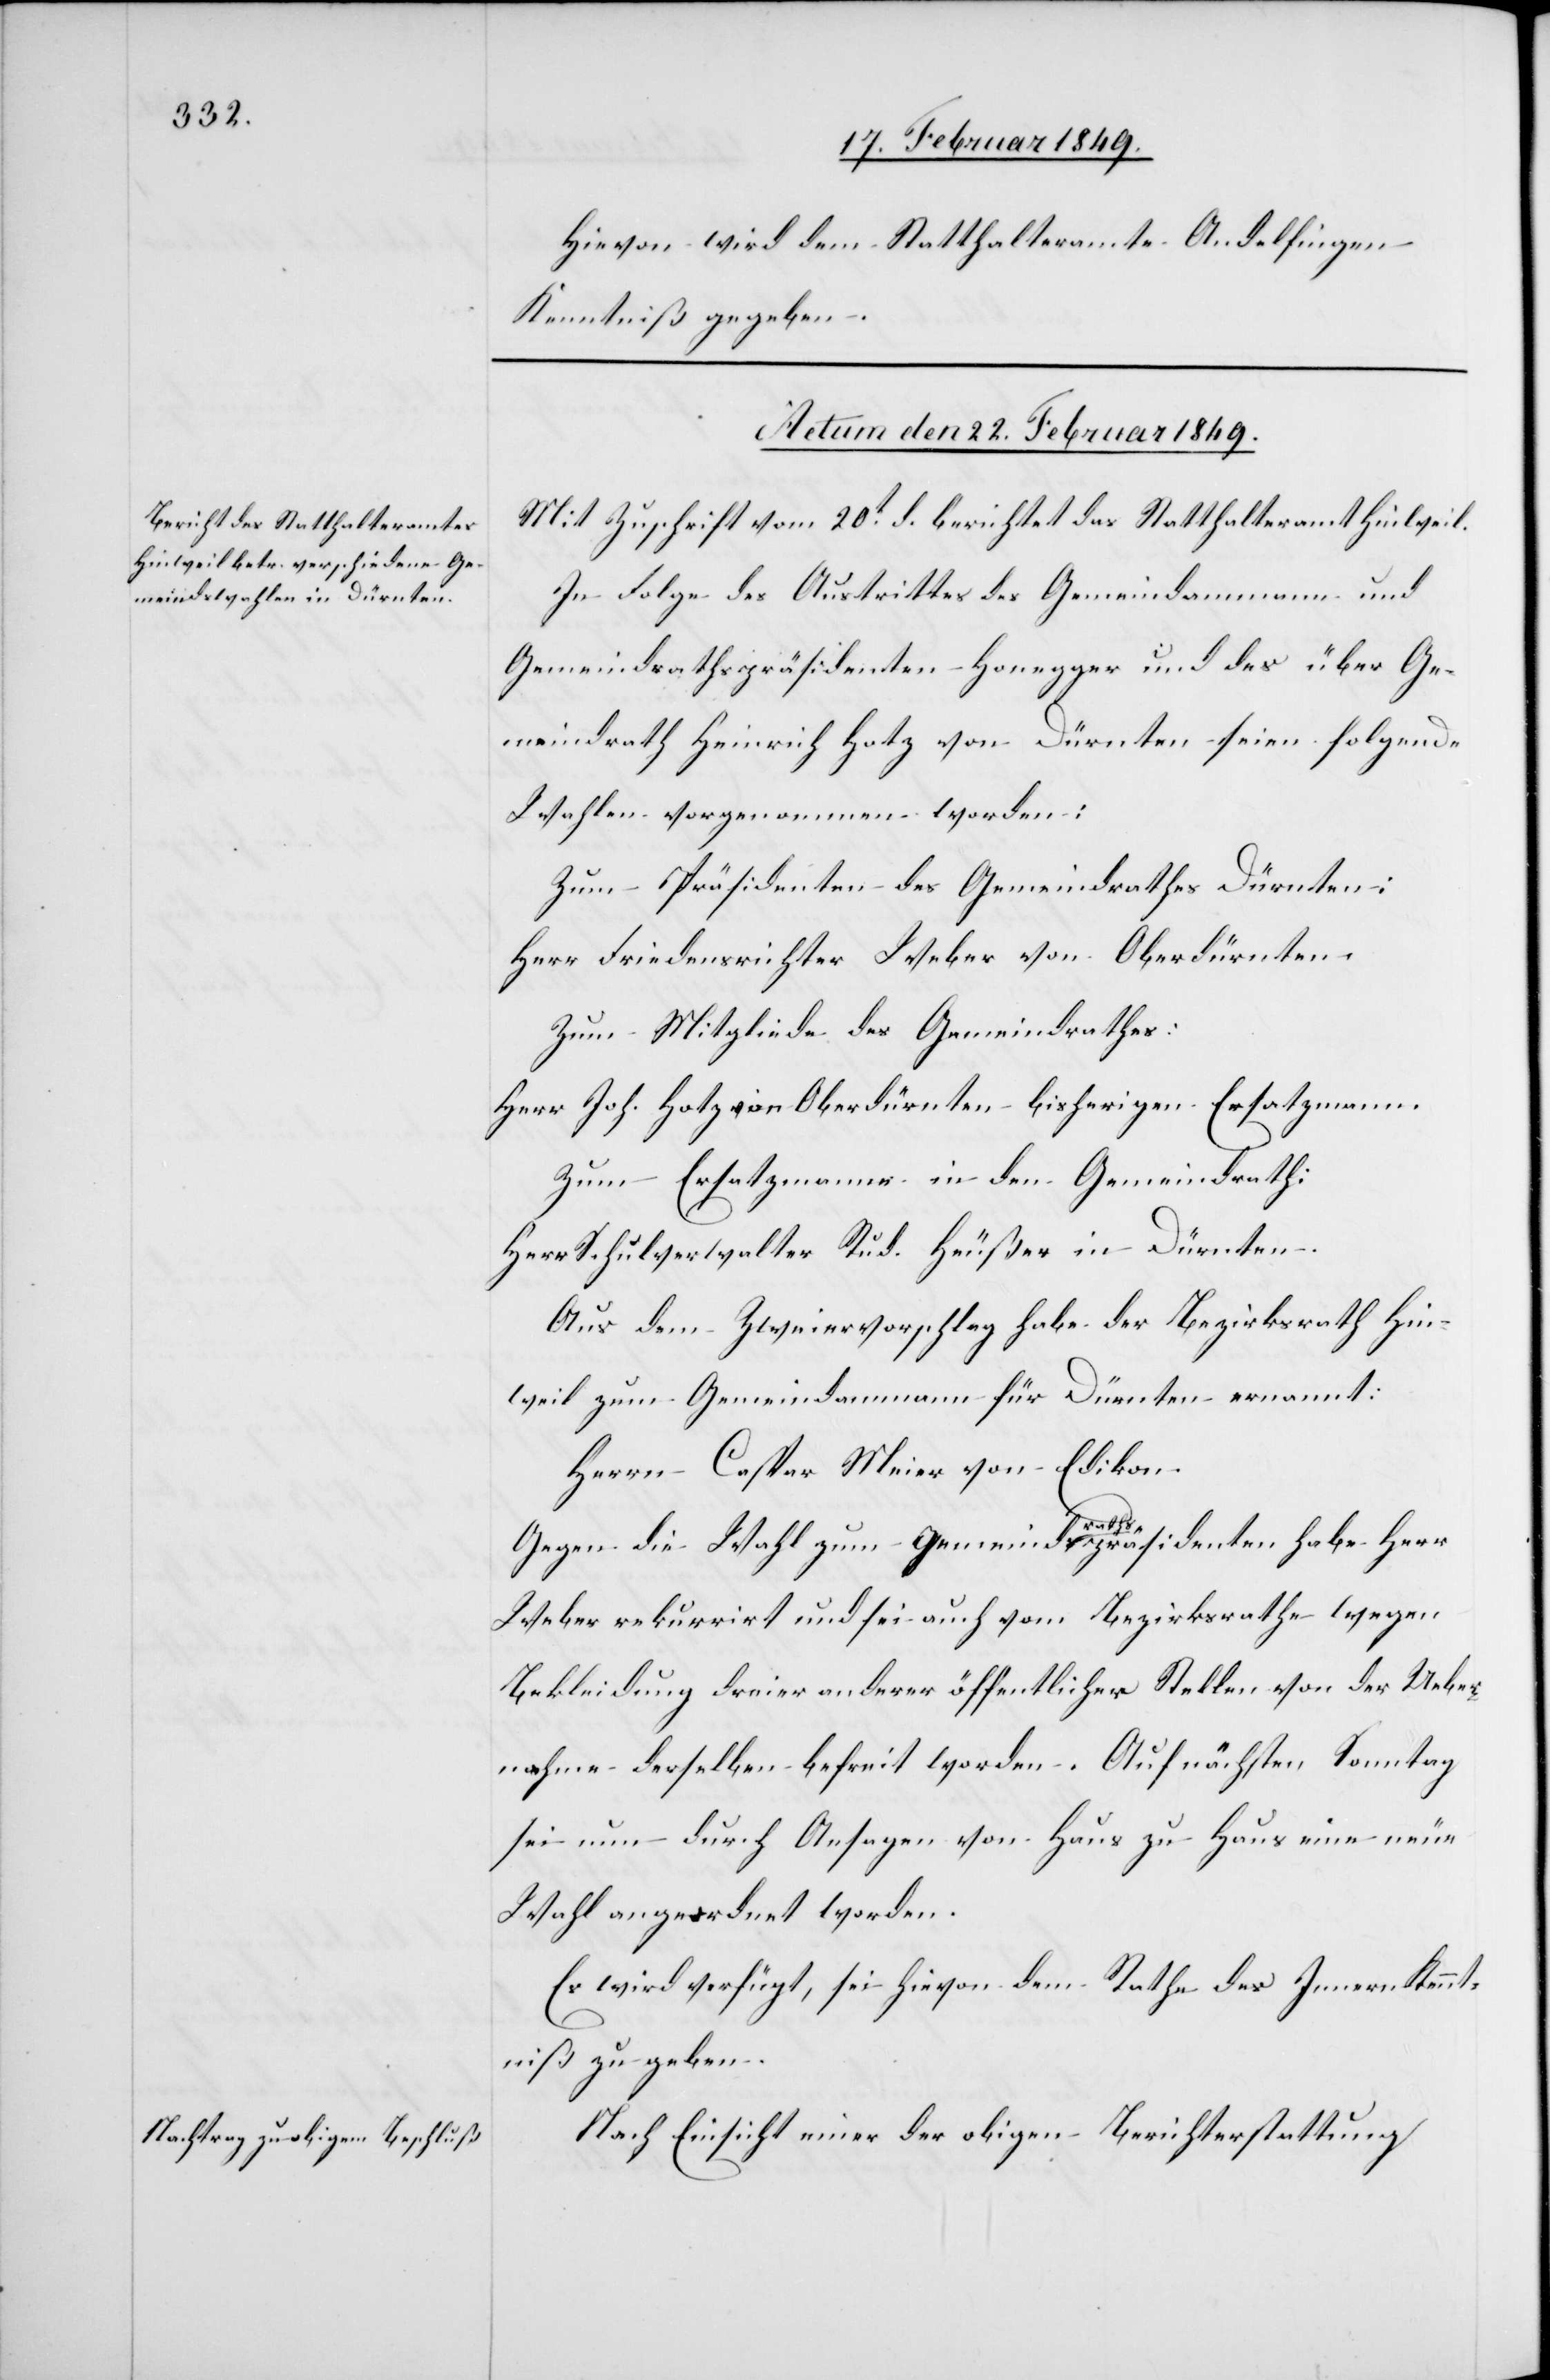
Hievon wird dem Statthalteramte Andelfingen
Kenntniß gegeben.
Actum den 22. Februar 1849.]
Mit Zuschrift vom 20t. d. berichtet das Statthalteramt Hinweil.
In Folge des Austrittes des Gemeindammann und
Gemeindrathspräsidenten Honegger und des über Ge¬
Wahlen vorgenommen worden:
Zum Präsidenten des Gemeindrathes Dürnten:
Herr Friedensrichter Weber von Oberdürnten.
Zum Mitgliede des Gemeindrathes:
Herr Joh. Hotz von Oberdürnten bisherigen [sic!]
Zum Ersatzmanne in den Gemeindrath:
Herr Schulverwalter Rud. Heußer in Dürnten.
Aus dem Zweiervorschlag habe der Bezirksrath Hin¬
weil zum Gemeindammann für Dürnten ernannt:
Herr Caspar Meier von Edikon.
meindrath
Gegen die Wahl zum Gemeindrathspräsidenten habe Herr
Weber rekurrirt und sei auch vom Bezirksrathe wegen
Bekleidung dreier anderer öffentlicher Stellen von der Ueber¬
nahme derselben befreit worden. Auf nächsten Sonntag
sei nun durch Ansagen von Haus zu Haus eine neue
Wahl angeordnet worden.
Es wird verfügt, sei hievon dem Rathe des Innern Kennt¬
niß zu geben.
Nach Einsicht einer der obigen Berichterstattung